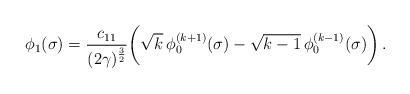
LaTeX: \begin{align*}\phi_1(\sigma) = \frac{c_{11}}{(2\gamma)^{\frac 32}} \biggl( \sqrt{k}\, \phi_0^{(k+1)}(\sigma) - \sqrt{k-1} \, \phi_0^{(k-1)}(\sigma) \biggr) \, .\end{align*}